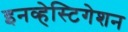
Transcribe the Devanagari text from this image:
इनव्हेस्टिगेशन